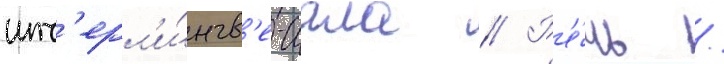
инт'ерл'и́нгв'е-иала // Р'е́чь /